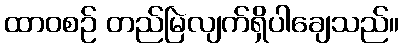
ထာဝစဉ် တည်မြဲလျက်ရှိပါချေသည်။